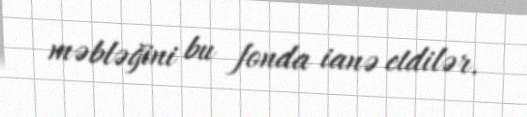
məbləğini bu fonda ianə etdilər.